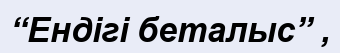
“Ендігі беталыс” ,